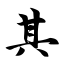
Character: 其